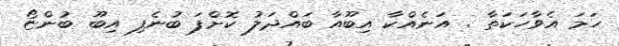
ހަމަ އެވާހަކަތާ . އަނެއްކާ އިބޫއާ ބައްދަލު ކޮށްފަ ބުނެފި އިބޫ ބުންޏޯ